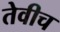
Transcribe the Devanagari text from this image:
तेवीच